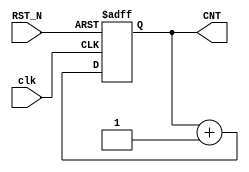
module counter00(input clk,RST_N,
        output reg [3:0] CNT );

always @(posedge clk,negedge RST_N)
begin
  if(RST_N==0)
    CNT<=4'b0;
  else
    CNT<=CNT+4'b1;
end
endmodule